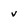
Character: v